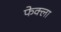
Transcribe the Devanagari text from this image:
फेक्ला